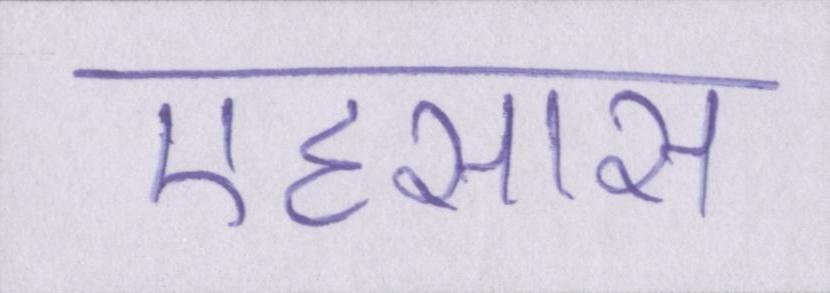
एहसास